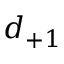
d _ { + 1 }